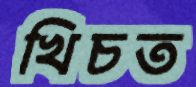
খিচত